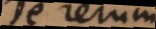
De rerum